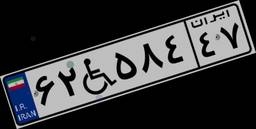
۶۲W۵۸۴۴۷